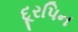
દૂરપિન